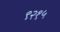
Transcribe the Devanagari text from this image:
९२१५